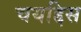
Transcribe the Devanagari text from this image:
चयद्दिस